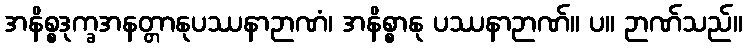
အနိစ္စဒုက္ခအနတ္တာနုပဿနာဉာဏံ၊ အနိစ္စာနု ပဿနာဉာဏ်။ ပ။ ဉာဏ်သည်။